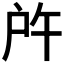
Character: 𢨵